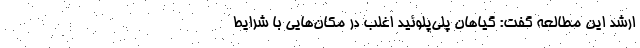
ارشد این مطالعه گفت: گیاهان پلی‌پلوئید اغلب در مکان‌هایی با شرایط